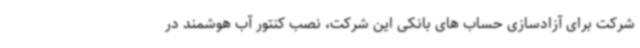
شرکت برای آزادسازی حساب های بانکی این شرکت، نصب کنتور آب هوشمند در